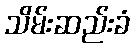
သိမ်းဆည်းခံ